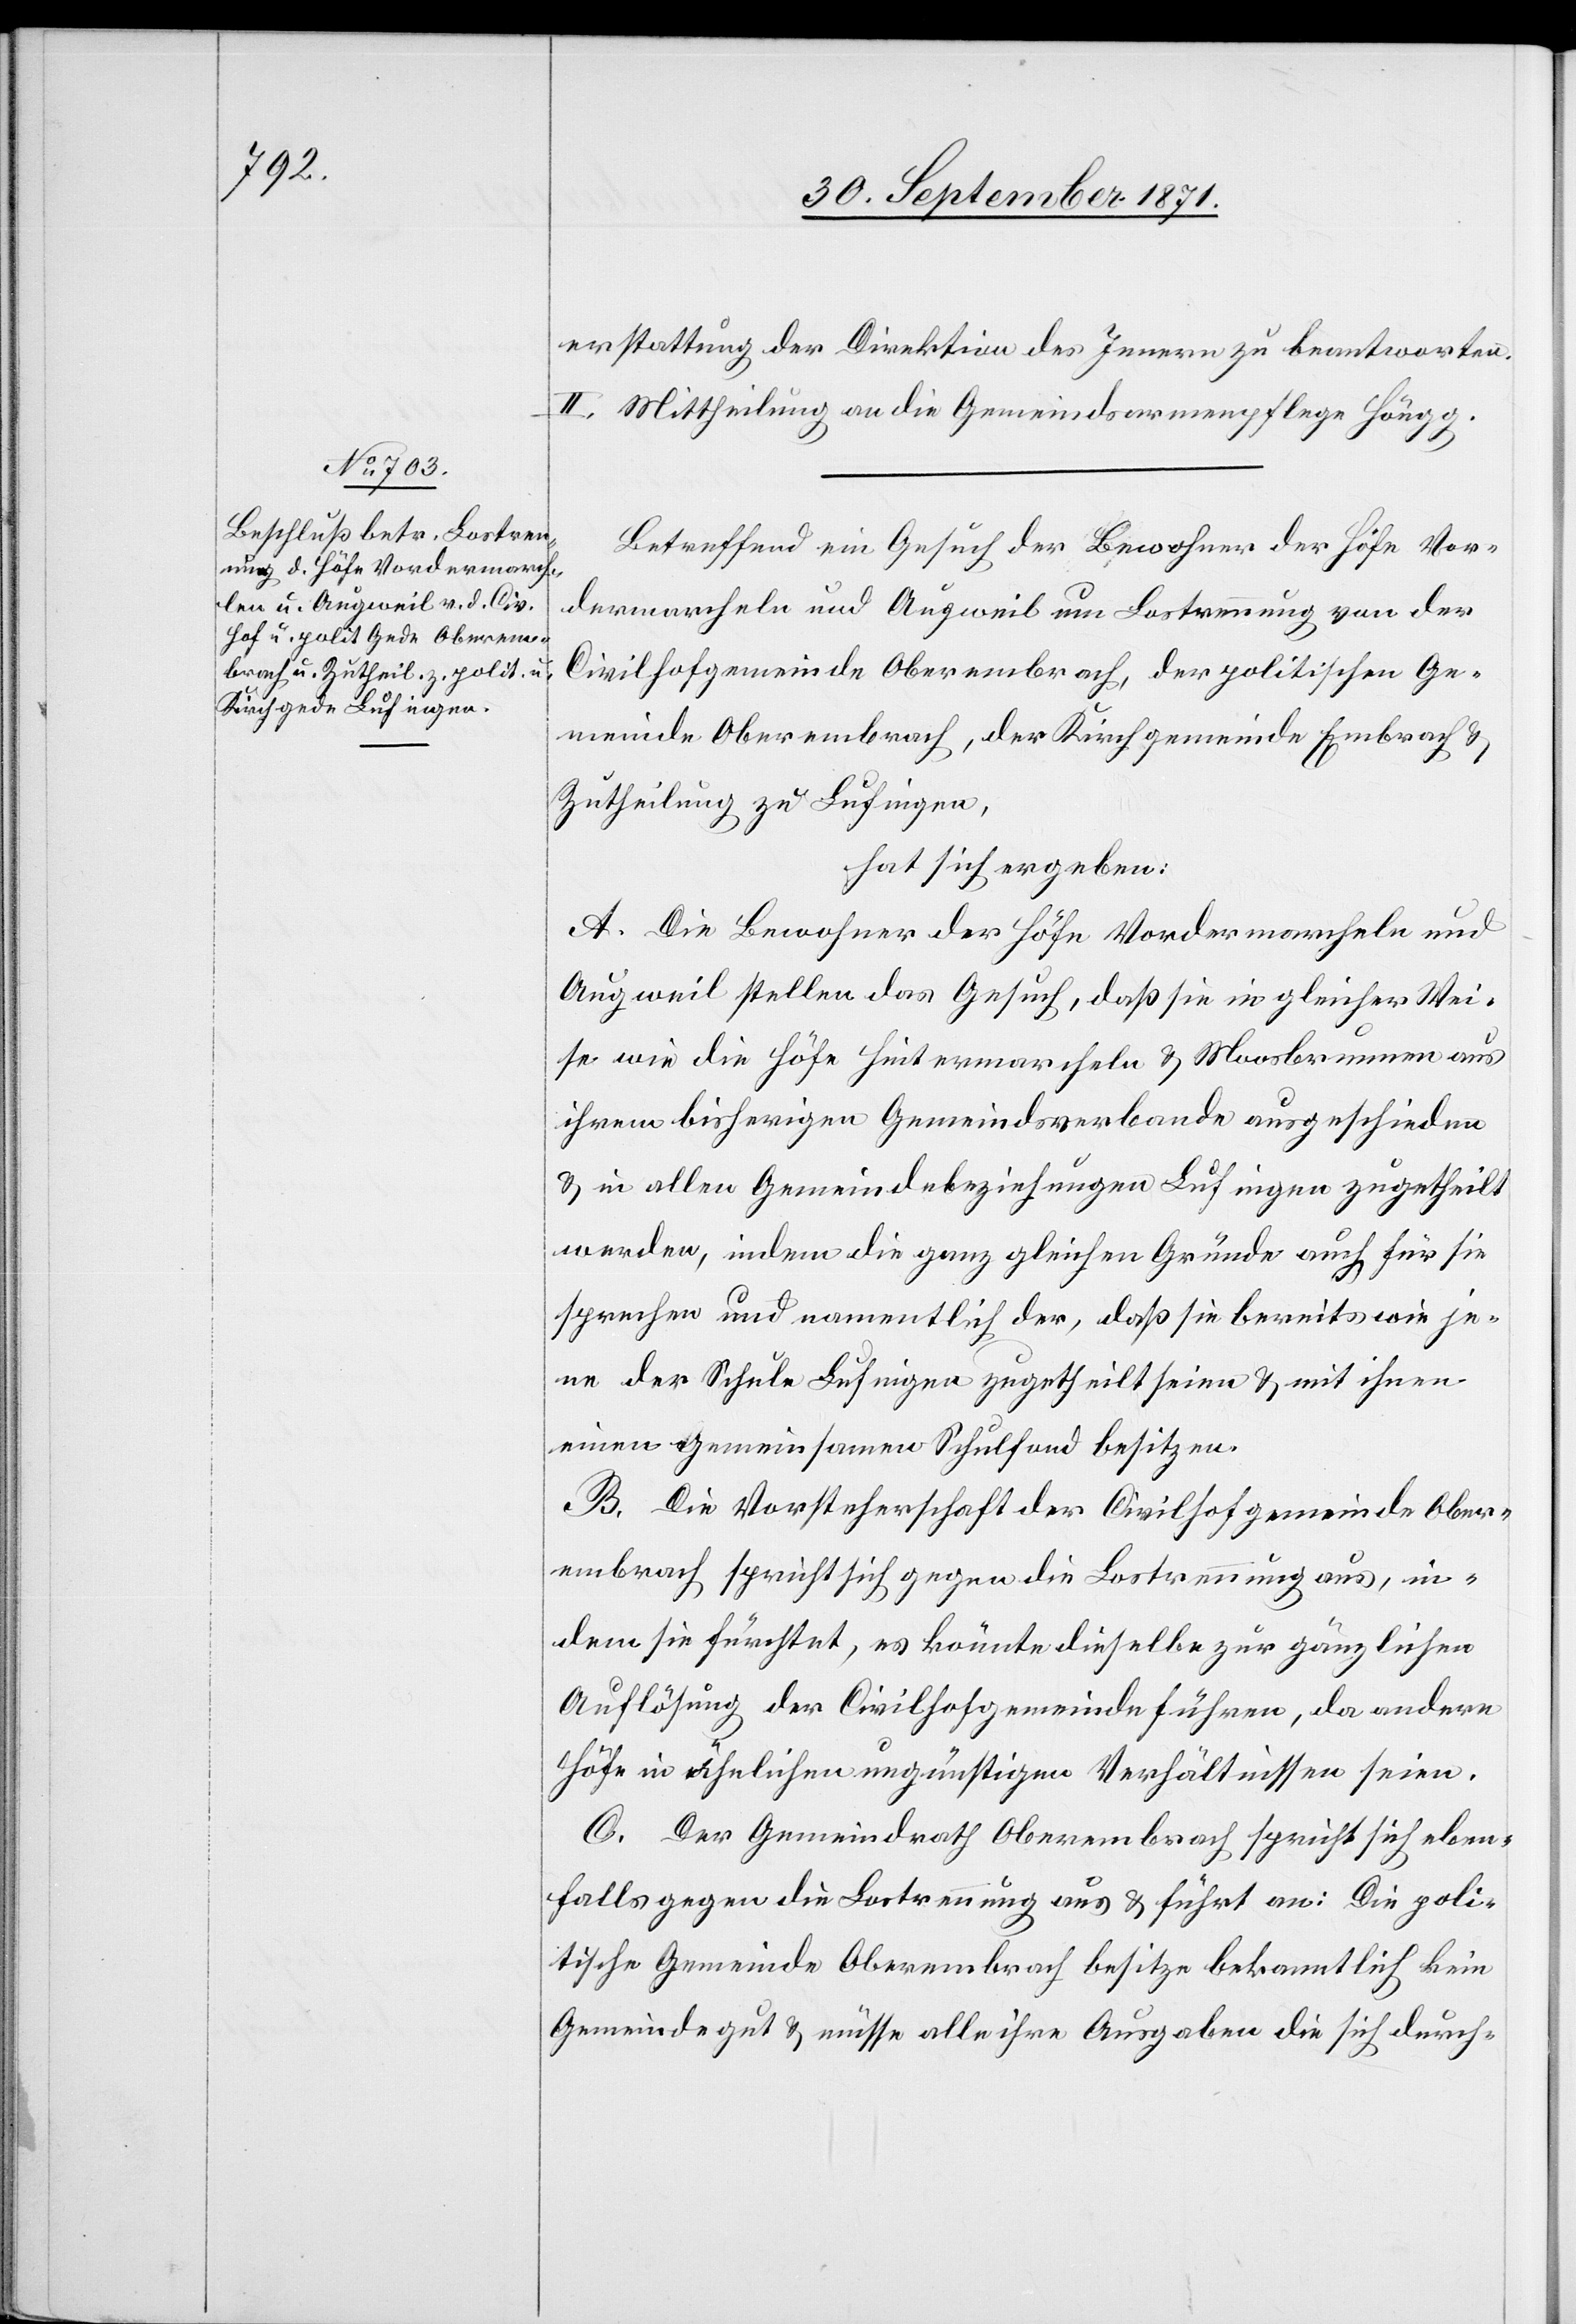
erstattung der Direktion des Innern zu beantworten.
II. Mittheilung an die Gemeindsarmenpflege Höngg.
Betreffend ein Gesuch der Bewohner der Höfe Vor¬
dermarcheln und Augweil um Lostrennung von der
Civilhofgemeinde Oberembrach, der politischen Ge¬
meinde Oberembrach, der Kirchgemeinde Embrach &
Zutheilung zu Lufingen.
hat sich ergeben:
A. Die Bewohner der Höfe Vordermarcheln und
Augweil stellen das Gesuch, daß sie in gleicher Wei¬
se wie die Höfe Hintermarcheln & Moosbrunnen aus
ihrem bisherigen Gemeindsverbande ausgeschieden
& in allen Gemeindebeziehungen Lufingen zugetheilt
werden, indem die ganz gleichen Gründe auch für sie
sprechen und namentlich der, daß sie bereits wie je¬
ne der Schule Lufingen zugetheilt seien & mit ihnen
einen gemeinsamen Schulfond besitzen.
B. Die Vorsteherschaft der Civilgemeinde Ober¬
embrach spricht sich gegen die Lostrennung aus, in¬
dem sie fürchtet, es könnte dieselbe zur gänzlichen
Auflösung der Civilhofgemeinde führen, da andere
Höfe in ähnlichen ungünstigen Verhältnissen seien.
C. Der Gemeindrath Oberembrach spricht sich eben¬
falls gegen die Lostrennung aus & führt an: Die poli¬
tische Gemeinde Oberembrach besitze bekanntlich kein
Gemeindegut & müsse alle ihre Ausgaben die sich durch-